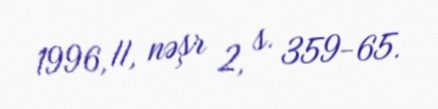
1996, II, nəşr 2, s. 359-65.